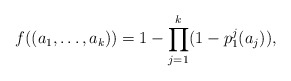
\begin{align*}f((a_1,\ldots, a_k))=1-\prod\limits_{j=1}^k(1-p_1^j(a_j)),\end{align*}